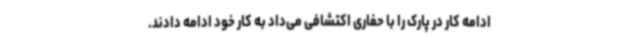
ادامه کار در پارک را با حفاری اکتشافی می‌داد به کار خود ادامه دادند.